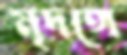
মৃদঙ্গে